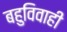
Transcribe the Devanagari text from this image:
बहुविवाही